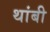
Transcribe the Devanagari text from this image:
थांबी